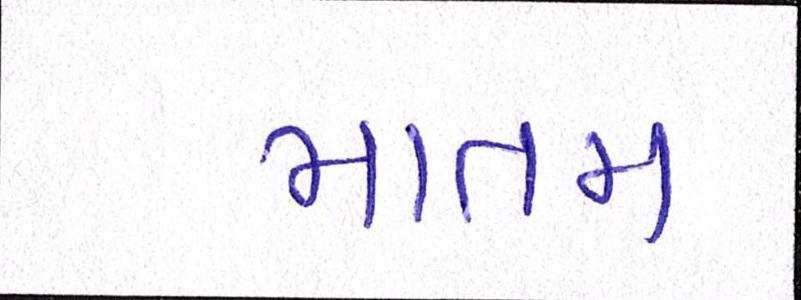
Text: માતમ